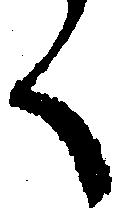
く